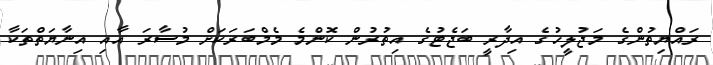
ރައްޔިތުންގެ މަޖުލީހުގެ އިދާރީ ބަޖެޓުގެ އިތުރުން ކޮންމެ މެމްބަރަކަށް މުސާރަ އާއި އިނާޔަތްތަކާ